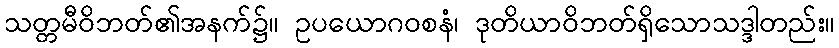
သတ္တမီဝိဘတ်၏အနက်၌။ ဥပယောဂဝစနံ၊ ဒုတိယာဝိဘတ်ရှိသောသဒ္ဒါတည်း။